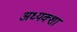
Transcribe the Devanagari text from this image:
अध्यक्शा